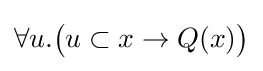
\forall u.{\big (}u\subset x\to Q(x){\big )}